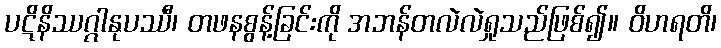
ပဋိနိဿဂ္ဂါနုပဿီ၊ တဖနစွန့်ခြင်းကို အဘန်တလဲလဲရှုသည်ဖြစ်၍။ ဝိဟရတိ၊